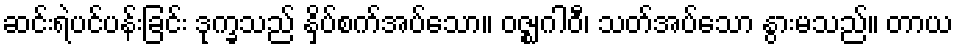
ဆင်းရဲပင်ပန်းခြင်း ဒုက္ခသည် နှိပ်စက်အပ်သော။ ဝဇ္ဈဂါဝီ၊ သတ်အပ်သော နွားမသည်။ တာယ